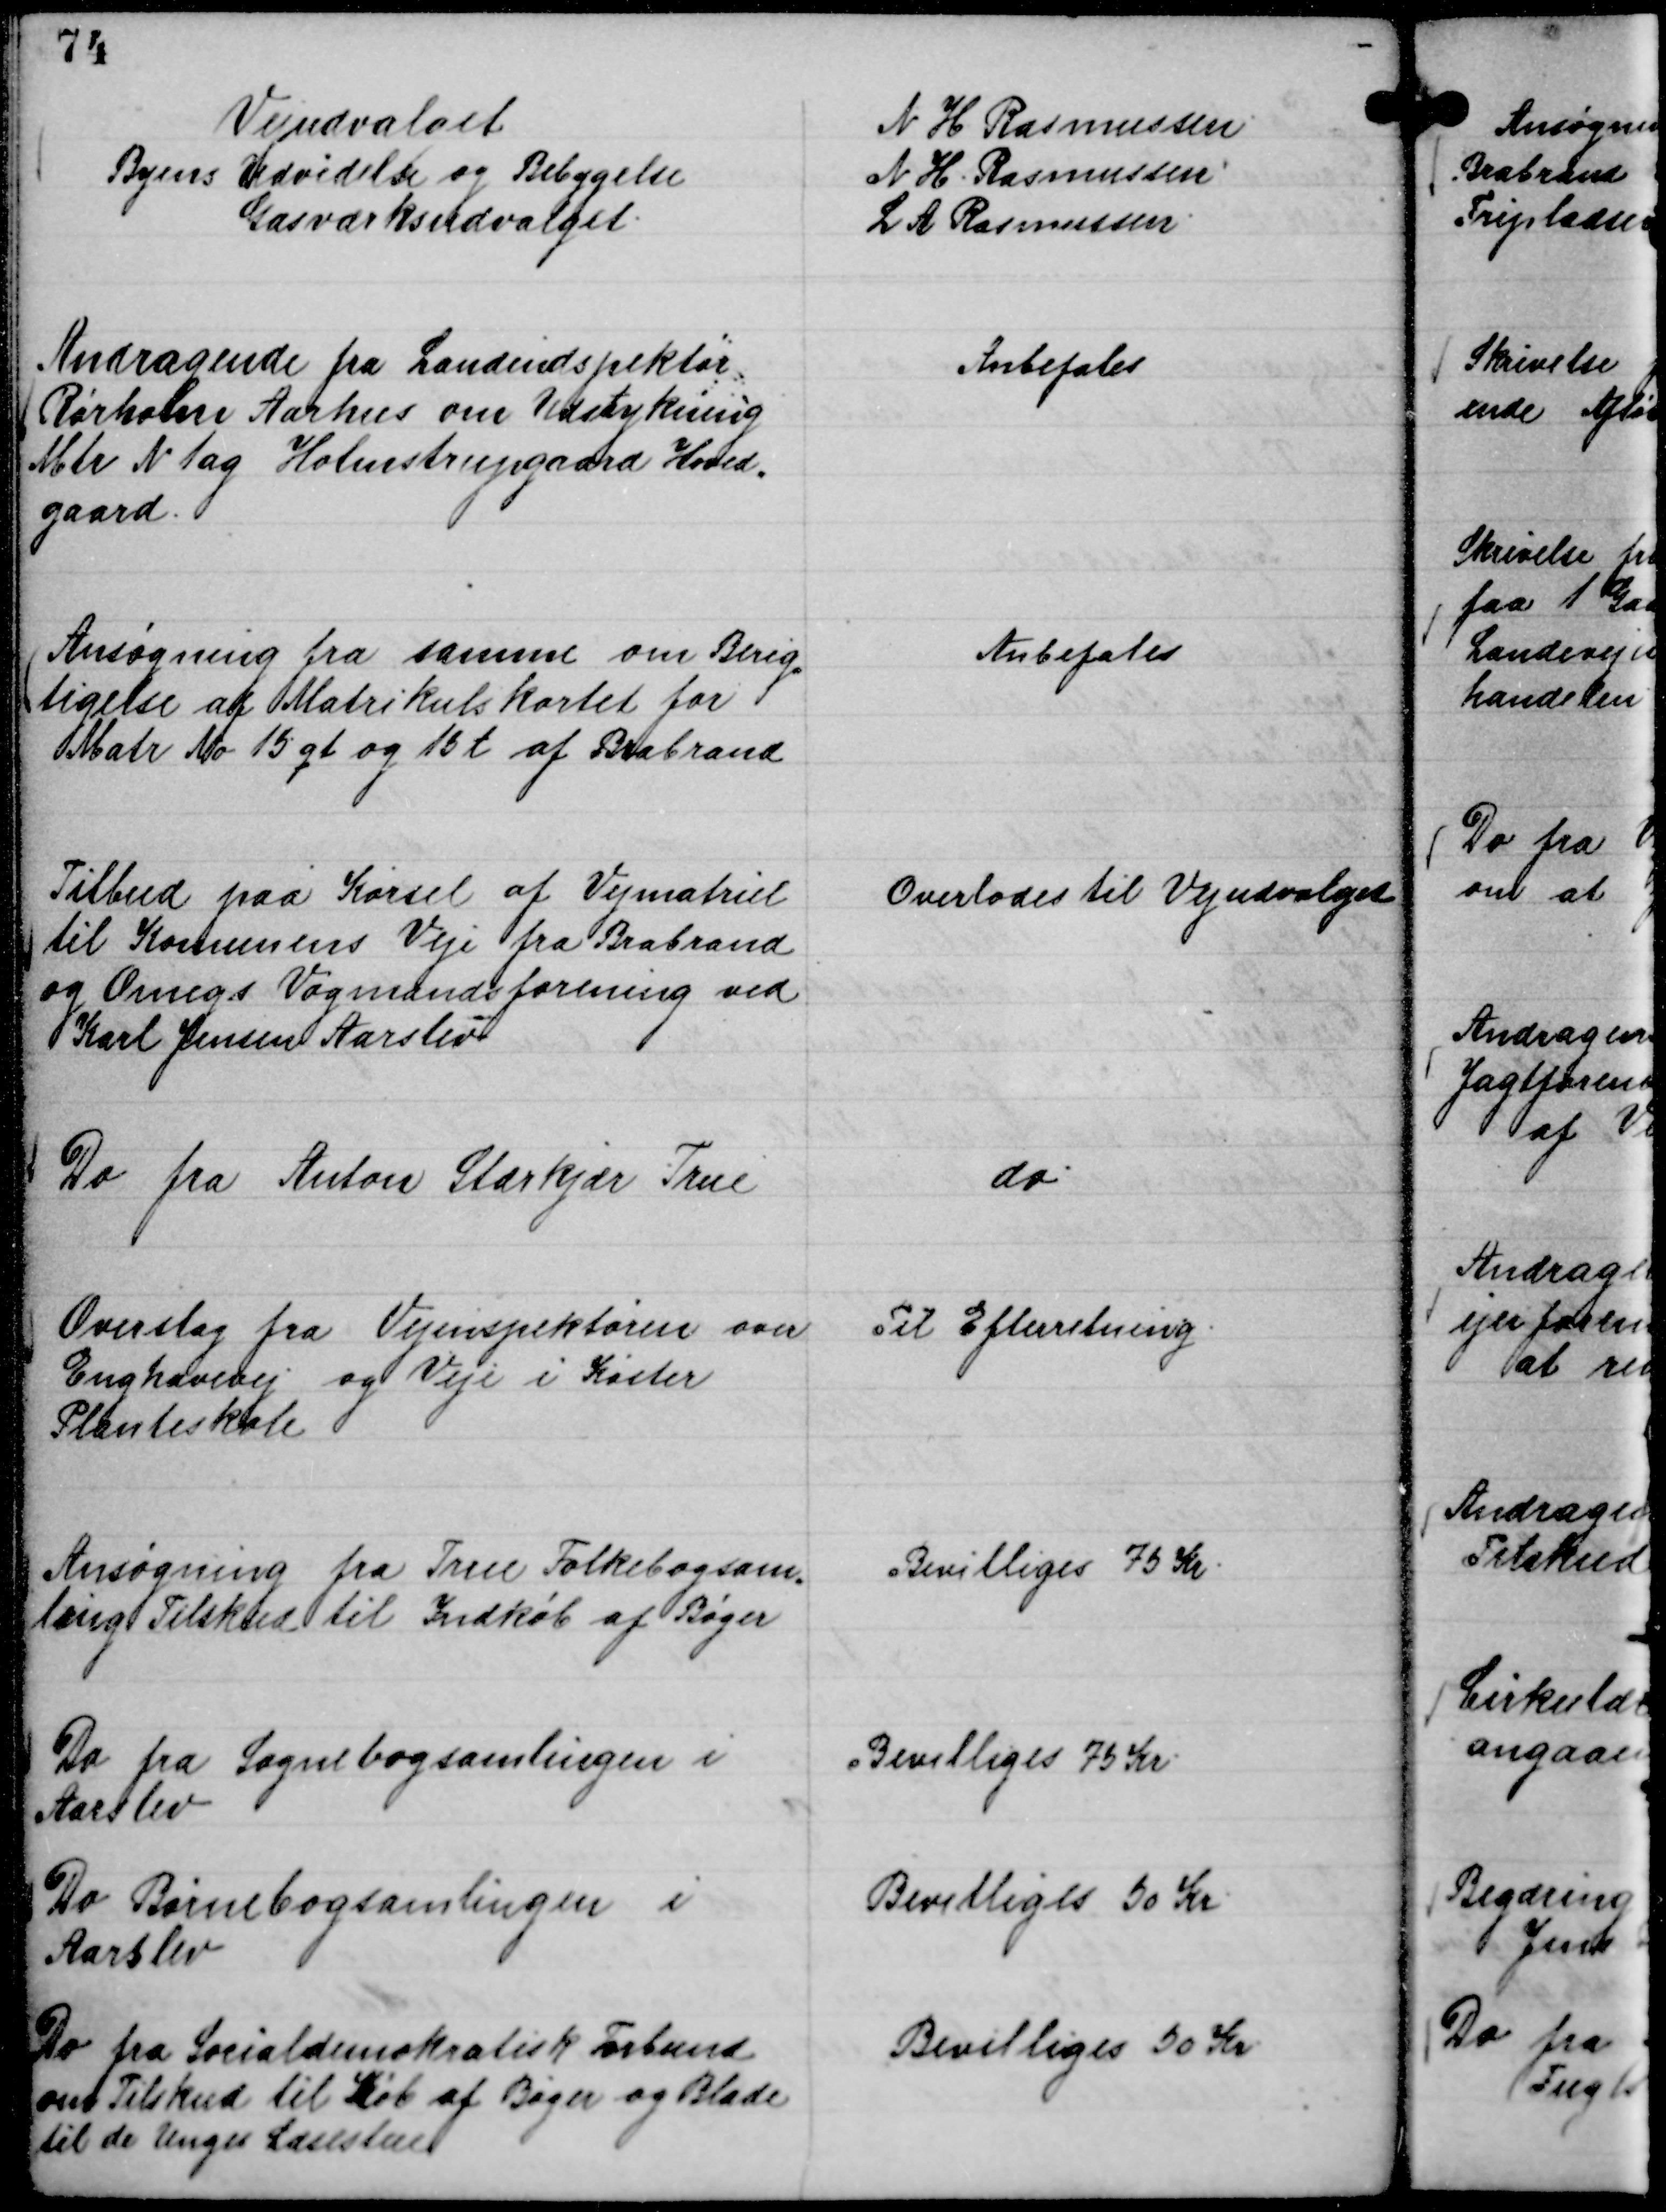
Transskription:
Vejudvalget
N H Rasmussen
Byens Udvidelse og Bebygelse
N H. Rasmussen
Gasværksudvalget.
L A Rasmussen.

Andragende fra Landinspektør
Rørholm Aarhus om Udstykning
Mtr N 1 ag Holmstrupgaard Hoved,,
gaard.

Anbefales

Ansøgning fra samme om Berig,,
tigelse af Matrikulskortet for
Matr No 15 qt og 15 t af Brabrand

Anbefales

Tilbud paa Kørsel af Vejmatriel
til Komunens Veje fra Brabrand
og Omegns Vogmandsforening ved
Karl Jensen Aarslev

Overlodes til Vejudvalget

Do fra Anton Stærkjær True

do

Overslag fra Vejinspektøren over
Enghavevej og Veje i Køster
Planteskole

Til Efterretning.

Ansøgning fra True Folkebogsam,,
ling Tilskud til Indkøb af Bøger

Bevilliges 75 Kr.

Do fra Sognebogsamlingen i
Aarslev

Bevilliges 75 Kr.

Do Børnebogsamlingen i
Aarslev

Bevilliges 50 Kr.

Do fra Socialdemokratisk Forbund
om Tilskud til Køb af Bøger og Blade
til de Unges Læsestue

Bevilliges 50 Kr